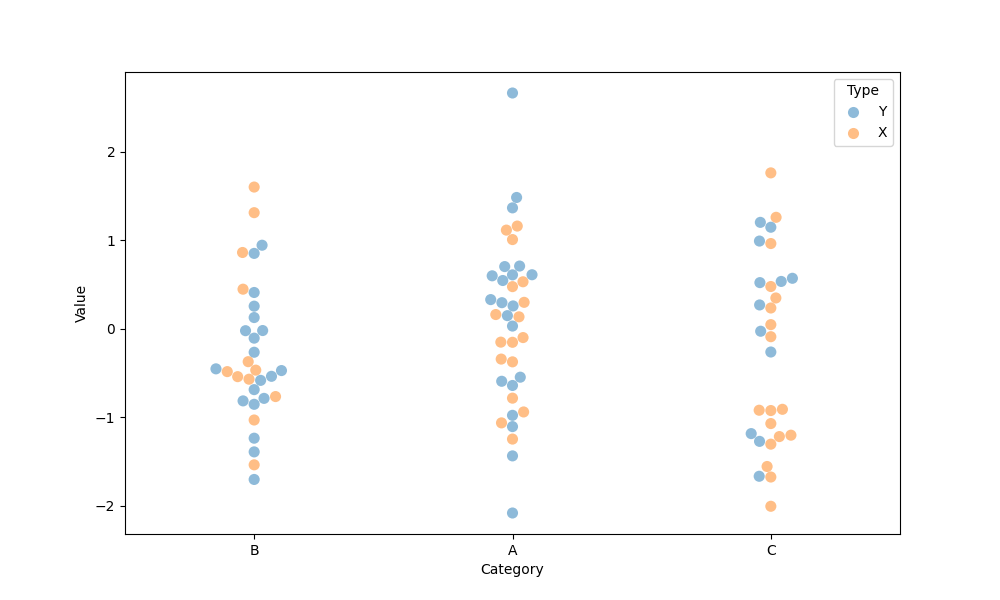
python, seaborn, swarmplot, dodge=False, alpha=0.5, size=8